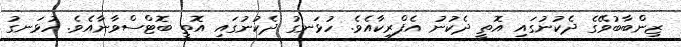
ޒިންބާބުވޭގެ ދެކުނުގައި އޮތީ ދެކުނު އެފްރިކާއެވެ. ހުޅަނގު ދެކުނުގައި އޮތީ ބޮޓްސްވާނާއެވެ. ހުޅަނގު